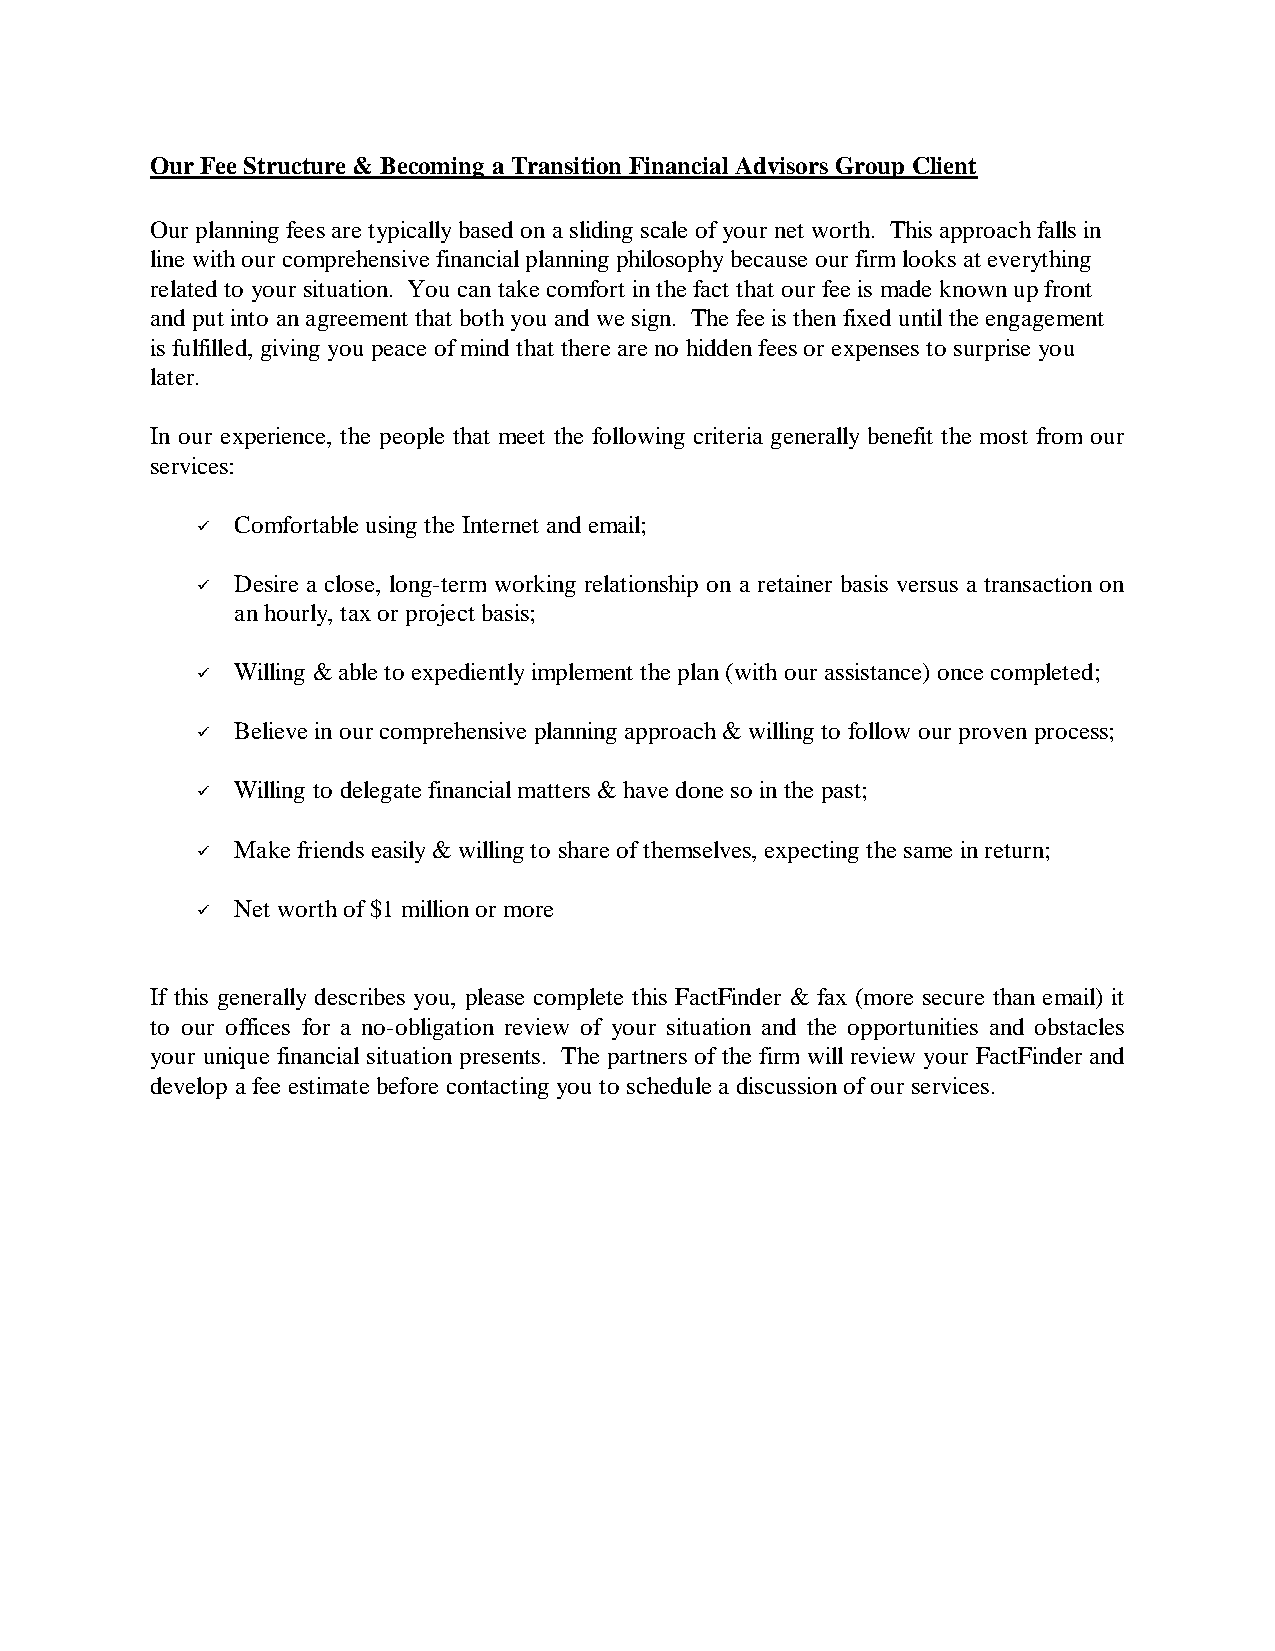
e &uct ee Stur BFOurre iansngtmiinion coFa rT oup sGrC oAdvisrancial ientl
 pare eestg yfninanOur pl g sndiied aso a lbnsylcali ouet re yonwofrcalt. h T n silal sappro fachih
 st oenhe prurwieh ncomil lig phninan plalciannie fvi rme usoiecaur bfoosyph g notiol hksatery ev
 ated trotelo.o uuatn r iyis o Yo trnftu canake coim taac te s tatfmh ho ieeur f roto e up dn knwnf
 etnd noput anm agr eeani t gtatood ih u we sbt anyh eduxi s ften hiee. e n fTh t engagem te enhltni
 ou g peaynived, gilliful sfi d tatnh tere are ihn mocef es soeesrpen efxddenoi h o tu e yos urpsri
 ater. l
 Ino,ur ce enperitexe hpe e opltatht ee omwtle ohlf eenyblg a tneralericrigeni t itfe ohstm romfour
 : cesiervs
 g tet nIhne iouslrftoCabm ;laietd ern eman
 �
 re iDesa oe, sog-cltnlerm p io g ohsnnnatwoirrekil a s er usersnia vasretbati o tnsacio rann
 �
 , t oyaxore ctprhuro lanbj ;sias
 ee tolpedi g ex abn&illiW (twan ente plhemplm iytln tce) soce ct anonhiuri sas et ed;plom
 �
 oennpurreh e icomevielB g appr onh&acinane plvis owg tlonouro prl oifll wi ;prosencesv
 �
 canng integatoe fi dellliW ate doe stavn em rhs&ali t nte paso;h i
 �
 l wi&yl idseasenriake fM evg eltsno are t hoemisfhl rne ig amnte stph,ecis ex ;eturn
 �
 o onilNetl woirt $1 omhf orre m
 �
 esb ycr Iifsdesltieralhgen ou,y e etease plplcomtih d er snaict FF &oaxre(fm ) trleecu s iaitanhem
 to our s ceifofor fa on-o o gatniilew birev ofour y to uatniisd ante hopportu estiind an estosaclb
 tualsiciannoqur ue iyifun o natti.ens pres e Thpartn ew irevll erwirsm oite fhf der nd o anur iyactFF
 atefe bmtoee espi a feldev oou rg te nycototnac chis o oonurf iscusse a diedul s. ceiersv